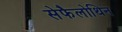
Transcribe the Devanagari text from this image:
सेफैलोथिन